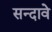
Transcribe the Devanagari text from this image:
सन्दावे